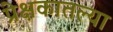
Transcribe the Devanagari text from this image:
प्रेक्षकातल्या